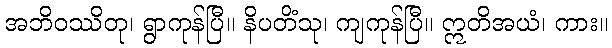
အဘိဝဿိတု၊ ရွာကုန်ပြီ။ နိပတိံသု၊ ကျကုန်ပြီ။ ဣတိအယံ၊ ကား။